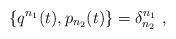
LaTeX: \begin{align*}\{q^{n_1}(t),p_{n_2}(t)\}=\delta^{n_1}_{n_2}\ ,\end{align*}